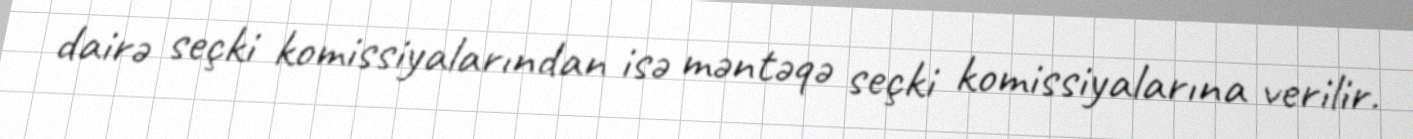
dairə seçki komissiyalarından isə məntəqə seçki komissiyalarına verilir.